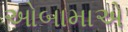
ઓબામાએ